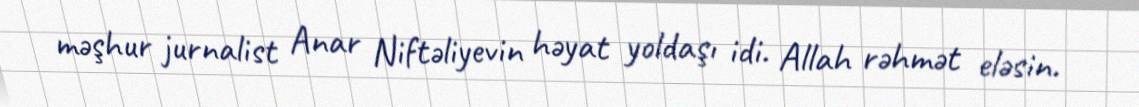
məşhur jurnalist Anar Niftəliyevin həyat yoldaşı idi. Allah rəhmət eləsin.